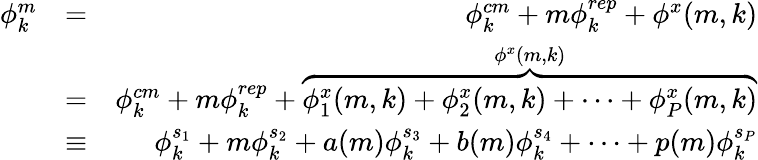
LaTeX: \begin{array}{rlr}{\phi_{k}^{m}}&{=}&{\phi_{k}^{cm}+m\phi_{k}^{rep}+\phi^{x}(m,k)}\\ &{=}&{\phi_{k}^{cm}+m\phi_{k}^{rep}+\overbrace{\phi_{1}^{x}(m,k)+\phi_{2}^{x}(m,k)+\cdots+\phi_{P}^{x}(m,k)}^{\phi^{x}(m,k)}}\\ &{\equiv}&{\phi_{k}^{s_{1}}+m\phi_{k}^{s_{2}}+a(m)\phi_{k}^{s_{3}}+b(m)\phi_{k}^{s_{4}}+\cdots+p(m)\phi_{k}^{s_{P}}}\end{array}